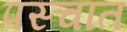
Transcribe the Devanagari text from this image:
पस्चात